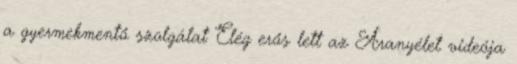
a gyermekmentő szolgálat Elég erős lett az Aranyélet videója